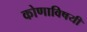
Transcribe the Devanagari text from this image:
कोणाविषयी